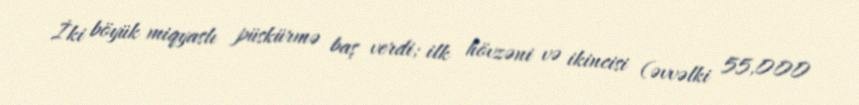
İki böyük miqyaslı püskürmə baş verdi; ilk hövzəni və ikincisi (əvvəlki 55,000